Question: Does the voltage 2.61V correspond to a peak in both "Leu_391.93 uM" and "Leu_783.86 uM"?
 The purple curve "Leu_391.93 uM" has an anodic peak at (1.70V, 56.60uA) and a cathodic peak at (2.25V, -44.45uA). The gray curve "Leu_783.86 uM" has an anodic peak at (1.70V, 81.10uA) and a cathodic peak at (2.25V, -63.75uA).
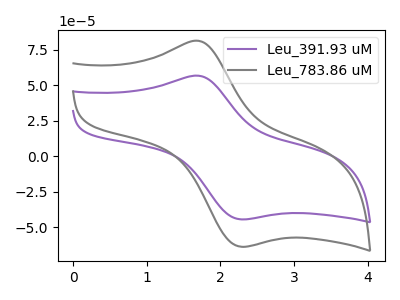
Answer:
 <answer>No, "Leu_391.93 uM" and "Leu_783.86 uM" dont share a peak at 2.61V.</answer>
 <eval>mismatch</eval>